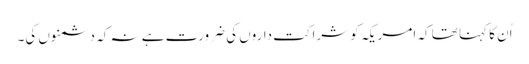
اُن کا کہنا تھا کہ امریکہ کو شراکت داروں کی ضرورت ہے نہ کہ دشمنوں کی۔